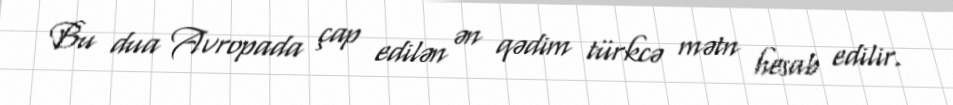
Bu dua Avropada çap edilən ən qədim türkcə mətn hesab edilir.